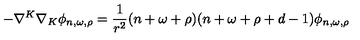
- \nabla ^ { K } \nabla _ { K } \phi _ { n , \omega , \rho } = { \frac { 1 } { r ^ { 2 } } } ( n + \omega + \rho ) ( n + \omega + \rho + d - 1 ) \phi _ { n , \omega , \rho }